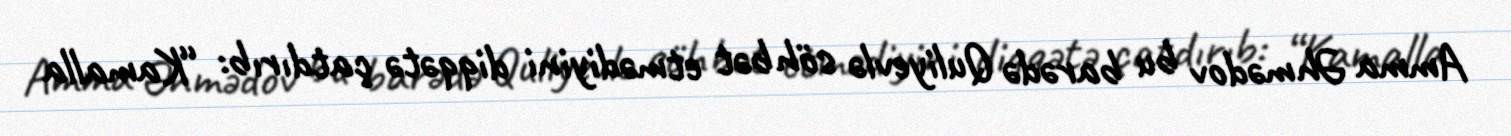
Amma Əhmədov bu barədə Quliyevlə söhbət etmədiyini diqqətə çatdırıb: “Kamalla